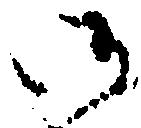
御